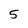
Character: 5